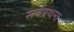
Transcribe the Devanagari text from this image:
सर्वप्रथम।